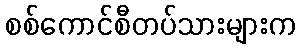
စစ်ကောင်စီတပ်သားများက